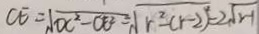
C E = \sqrt { O C ^ { 2 } - O E ^ { 2 } } = \sqrt { r ^ { 2 } - ( r - 2 ) ^ { 2 } } = 2 \sqrt { 2 - 1 }